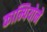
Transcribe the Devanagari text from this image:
काम्पियोने